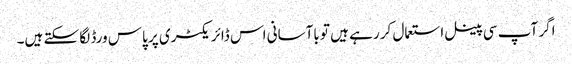
اگر آپ سی پینل استعمال کر رہے ہیں تو باآسانی اس ڈائریکٹری پر پاس ورڈ لگا سکتے ہیں۔